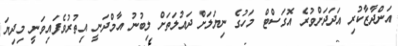
އަންދާޒާކުރި އަދަދަށްވުރެ އޮގަސްޓް މަހުގެ ނިޔަލަށް ދައުލަތަށް ލިބުނު އާމްދަނީ އިތުރުވެފައިވަނީ މިދިޔަ